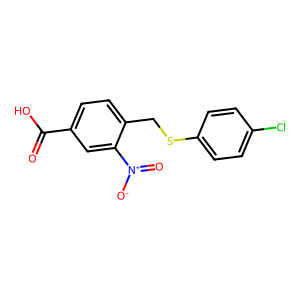
SMILES: O=C(O)c1ccc(CSc2ccc(Cl)cc2)c([N+](=O)[O-])c1
Inhibits HIV replication: No